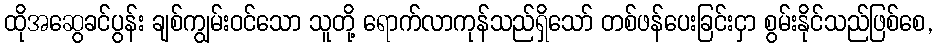
ထိုအဆွေခင်ပွန်း ချစ်ကျွမ်းဝင်သော သူတို့ ရောက်လာကုန်သည်ရှိသော် တစ်ဖန်ပေးခြင်းငှာ စွမ်းနိုင်သည်ဖြစ်စေ,